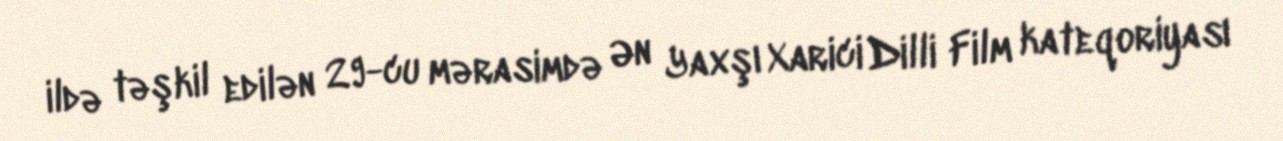
ildə təşkil edilən 29-cu mərasimdə Ən Yaxşı Xarici Dilli Film kateqoriyası